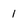
Character: 1